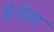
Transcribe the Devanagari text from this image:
हंजेस